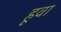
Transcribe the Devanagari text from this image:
हूवा